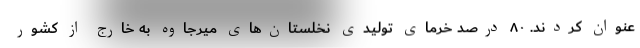
عنوان کردند. ۸۰ درصد خرمای تولیدی نخلستان‌های میرجاوه به خارج از کشور